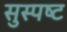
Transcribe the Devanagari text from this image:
सुस्‍पष्‍ट